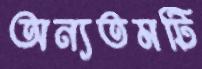
অন্যতমটি